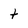
Character: t